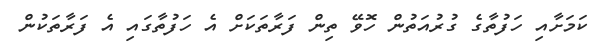
ކަމަށާއި ހަފުތާގެ ގުރުއަތުން ހޮވޭ ތިން ފަރާތަކަށް އެ ހަފުތާގައި އެ ފަރާތަކުން